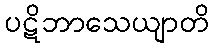
ပဋိဘာသေယျာတိ